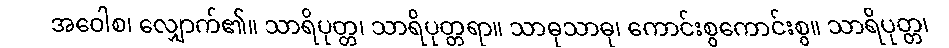
အဝေါစ၊ လျှောက်၏။ သာရိပုတ္တ၊ သာရိပုတ္တရာ။ သာဓုသာဓု၊ ကောင်းစွကောင်းစွ။ သာရိပုတ္တ၊